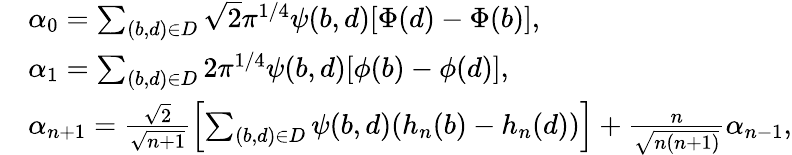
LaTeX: \begin{array}{rl}&{\alpha_{0}=\sum_{(b,d)\in D}\sqrt{2}\pi^{1/4}\psi(b,d)[\Phi(d)-\Phi(b)],}\\ &{\alpha_{1}=\sum_{(b,d)\in D}2\pi^{1/4}\psi(b,d)[\phi(b)-\phi(d)],}\\ &{\alpha_{n+1}=\frac{\sqrt{2}}{\sqrt{n+1}}\left[\sum_{(b,d)\in D}\psi(b,d)(h_{n}(b)-h_{n}(d))\right]+\frac{n}{\sqrt{n(n+1)}}\alpha_{n-1},}\end{array}